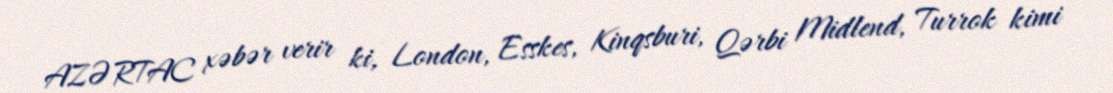
AZƏRTAC xəbər verir ki, London, Esskes, Kinqsburi, Qərbi Midlend, Turrok kimi